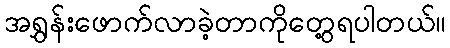
အရွှန်းဖောက်လာခဲ့တာကိုတွေ့ရပါတယ်။